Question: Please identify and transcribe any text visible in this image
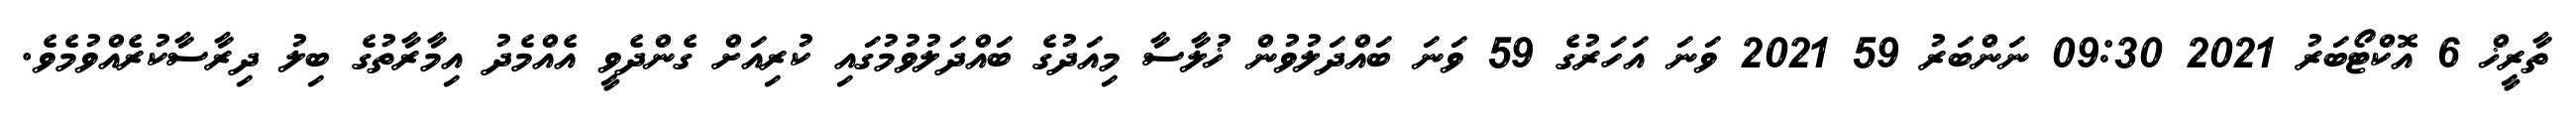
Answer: ތާރީޚް 6 އޮކްޓޯބަރު 2021 09:30 ނަންބަރު 59 2021 ވަނަ އަހަރުގެ 59 ވަނަ ބައްދަލުވުން ޚުލާސާ މިއަދުގެ ބައްދަލުވުމުގައި ކުރިއަށް ގެންދެވީ އެއްމެދު އިމާރާތުގެ ބިލު ދިރާސާކުރެއްވުމެވެ.